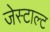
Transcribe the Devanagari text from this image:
जेस्टाल्ट